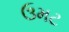
ઉમટ